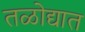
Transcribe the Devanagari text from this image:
तळोद्यात